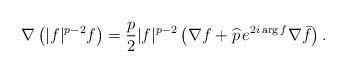
LaTeX: \begin{align*}\nabla\left(|f|^{p-2}f\right)=\frac p2|f|^{p-2}\left(\nabla f+\widehat p\,e^{2i\arg f}\nabla\bar f\right).\end{align*}